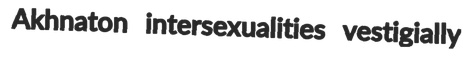
Akhnaton intersexualities vestigially